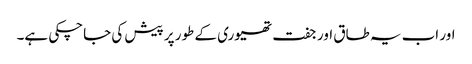
اور اب یہ طاق اور جفت تھیوری کے طور پر پیش کی جاچکی ہے۔